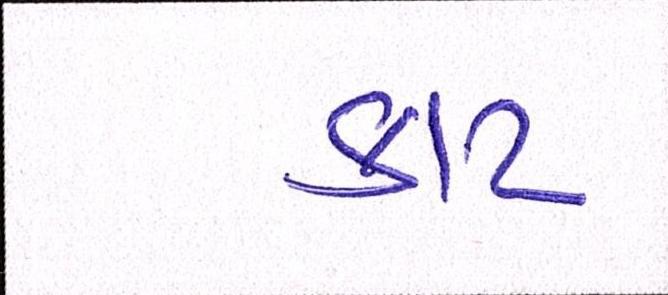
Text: કાટ